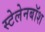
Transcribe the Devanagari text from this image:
स्टेलेनबॉश